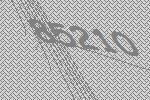
85210